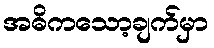
အဓိကသော့ချက်မှာ